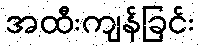
အထီးကျန်ခြင်း